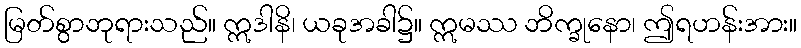
မြတ်စွာဘုရားသည်။ ဣဒါနိ၊ ယခုအခါ၌။ ဣမဿ ဘိက္ခုနော၊ ဤရဟန်းအား။